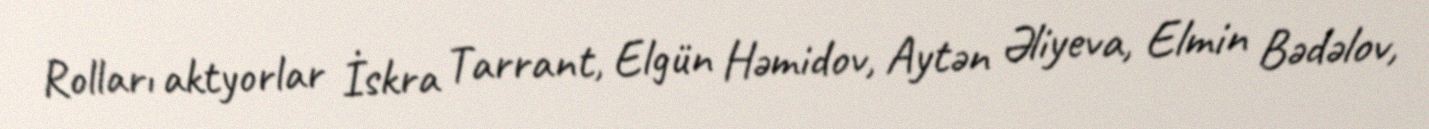
Rolları aktyorlar İskra Tarrant, Elgün Həmidov, Aytən Əliyeva, Elmin Bədəlov,